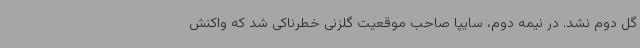
گل دوم نشد. در نیمه دوم، سایپا صاحب موقعیت گلزنی خطرناکی شد که واکنش